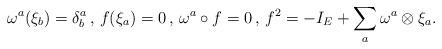
LaTeX: \begin{align*} \omega^{a}(\xi_{b})=\delta^{a}_{b}\,,\,f(\xi_{a})=0\,,\,\omega^{a}\circ f=0\,,\,f^{2}=-I_E+\sum_{a}\omega^{a}\otimes\xi_{a}. \end{align*}